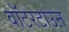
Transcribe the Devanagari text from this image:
वॉटरटाउऩ